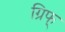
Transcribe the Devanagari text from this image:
ग्रिफ्